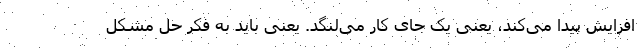
افزایش پیدا می‌کند، یعنی یک جای کار می‌لنگد. یعنی باید به فکر حل مشکل